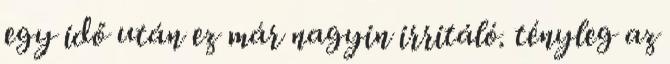
egy idő után ez már nagyin irritáló. tényleg az